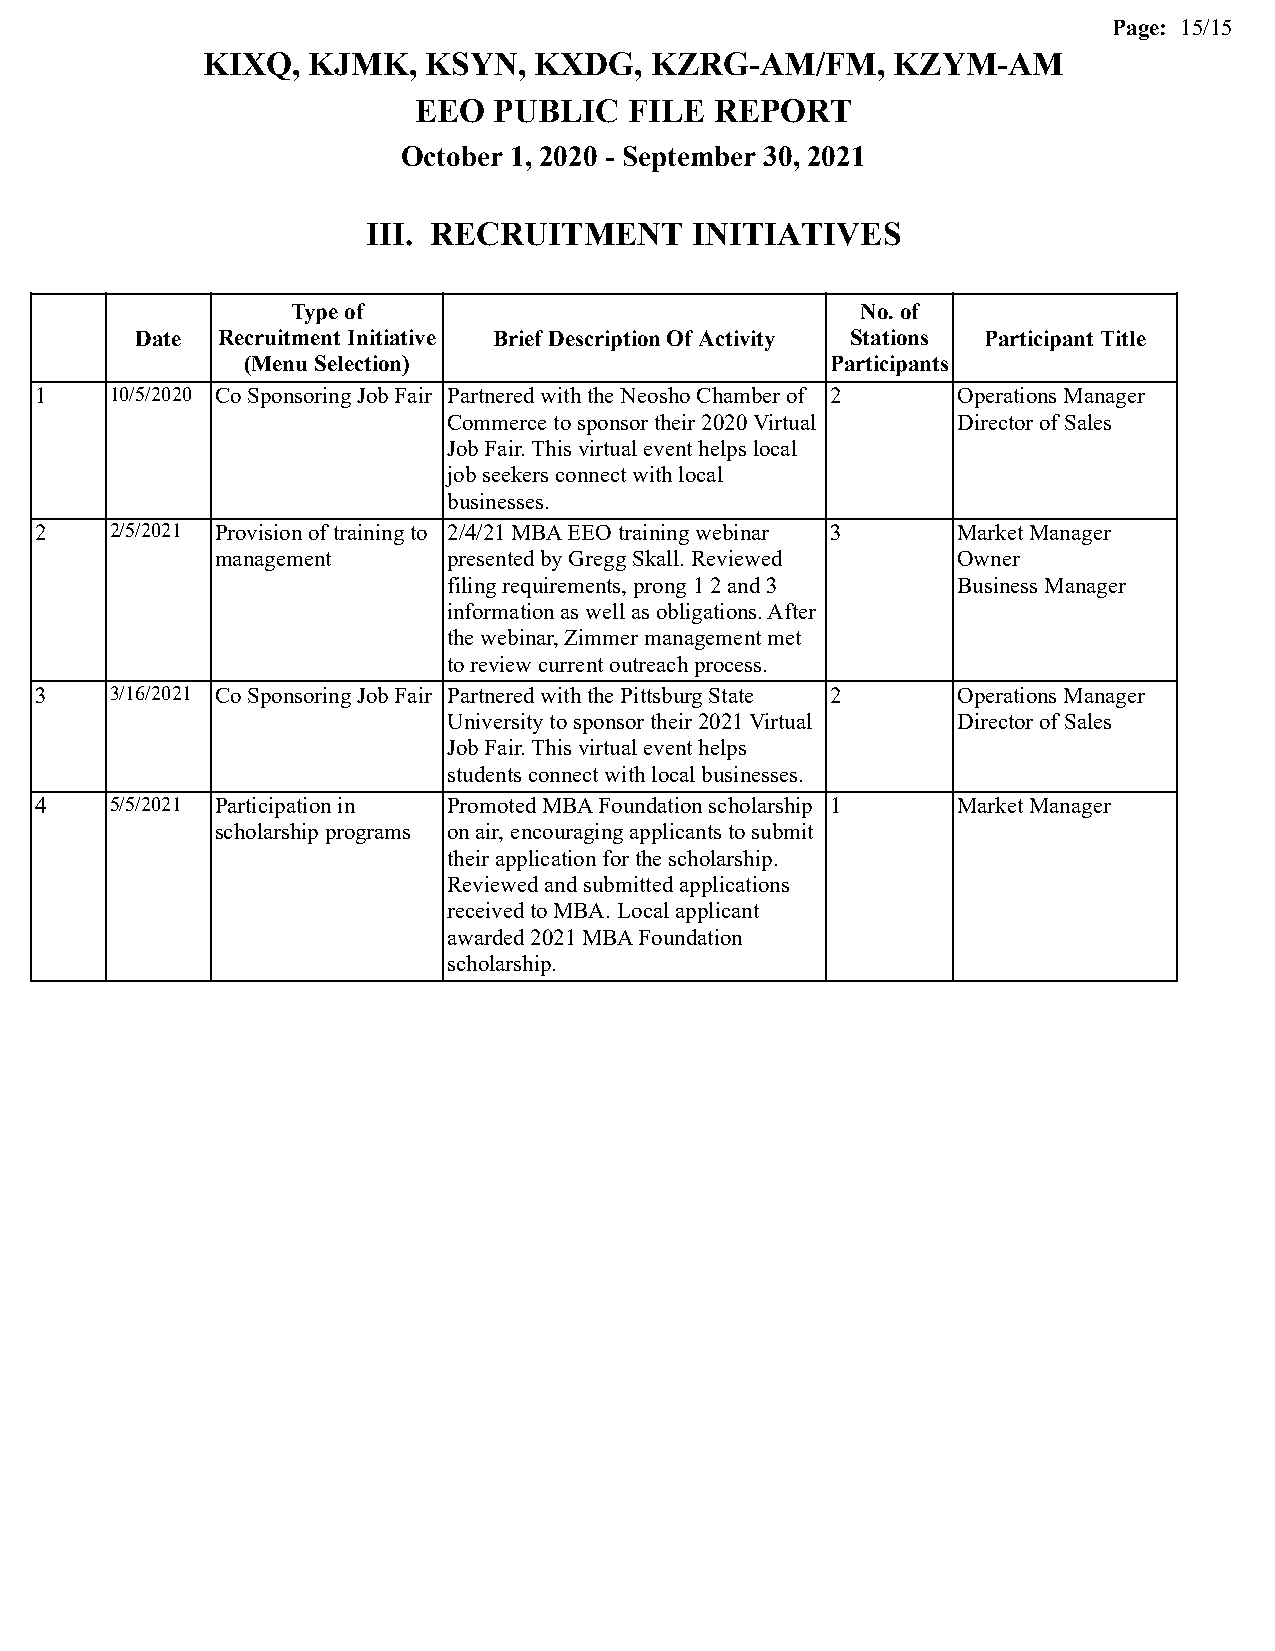
Page: 15/15
 KIXQ,  KJMK,   KSYN,  KXDG,   KZRG-AM/FM,     KZYM-AM
 EEO   PUBLIC   FILE REPORT
 October 1, 2020 - September 30, 2021
 III. RECRUITMENT      INITIATIVES
 Type of                               No. of
 Date Recruitment Initiative Brief Description Of Activity Stations Participant Title
 (Menu Selection)                       Participants
 1    10/5/2020 Co Sponsoring Job Fair Partnered with the Neosho Chamber of 2 Operations Manager
 Commerce to sponsor their 2020 Virtual Director of Sales
 Job Fair. This virtual event helps local
 job seekers connect with local
 businesses.
 2    2/5/2021 Provision of training to 2/4/21 MBA EEO training webinar 3 Market Manager
 management      presented by Gregg Skall. Reviewed Owner
 filing requirements, prong 1 2 and 3 Business Manager
 information as well as obligations. After
 the webinar, Zimmer management met
 to review current outreach process.
 3    3/16/2021 Co Sponsoring Job Fair Partnered with the Pittsburg State 2 Operations Manager
 University to sponsor their 2021 Virtual Director of Sales
 Job Fair. This virtual event helps
 students connect with local businesses.
 4    5/5/2021 Participation in Promoted MBA Foundation scholarship 1 Market Manager
 scholarship programs on air, encouraging applicants to submit
 their application for the scholarship.
 Reviewed and submitted applications
 received to MBA. Local applicant
 awarded 2021 MBA Foundation
 scholarship.